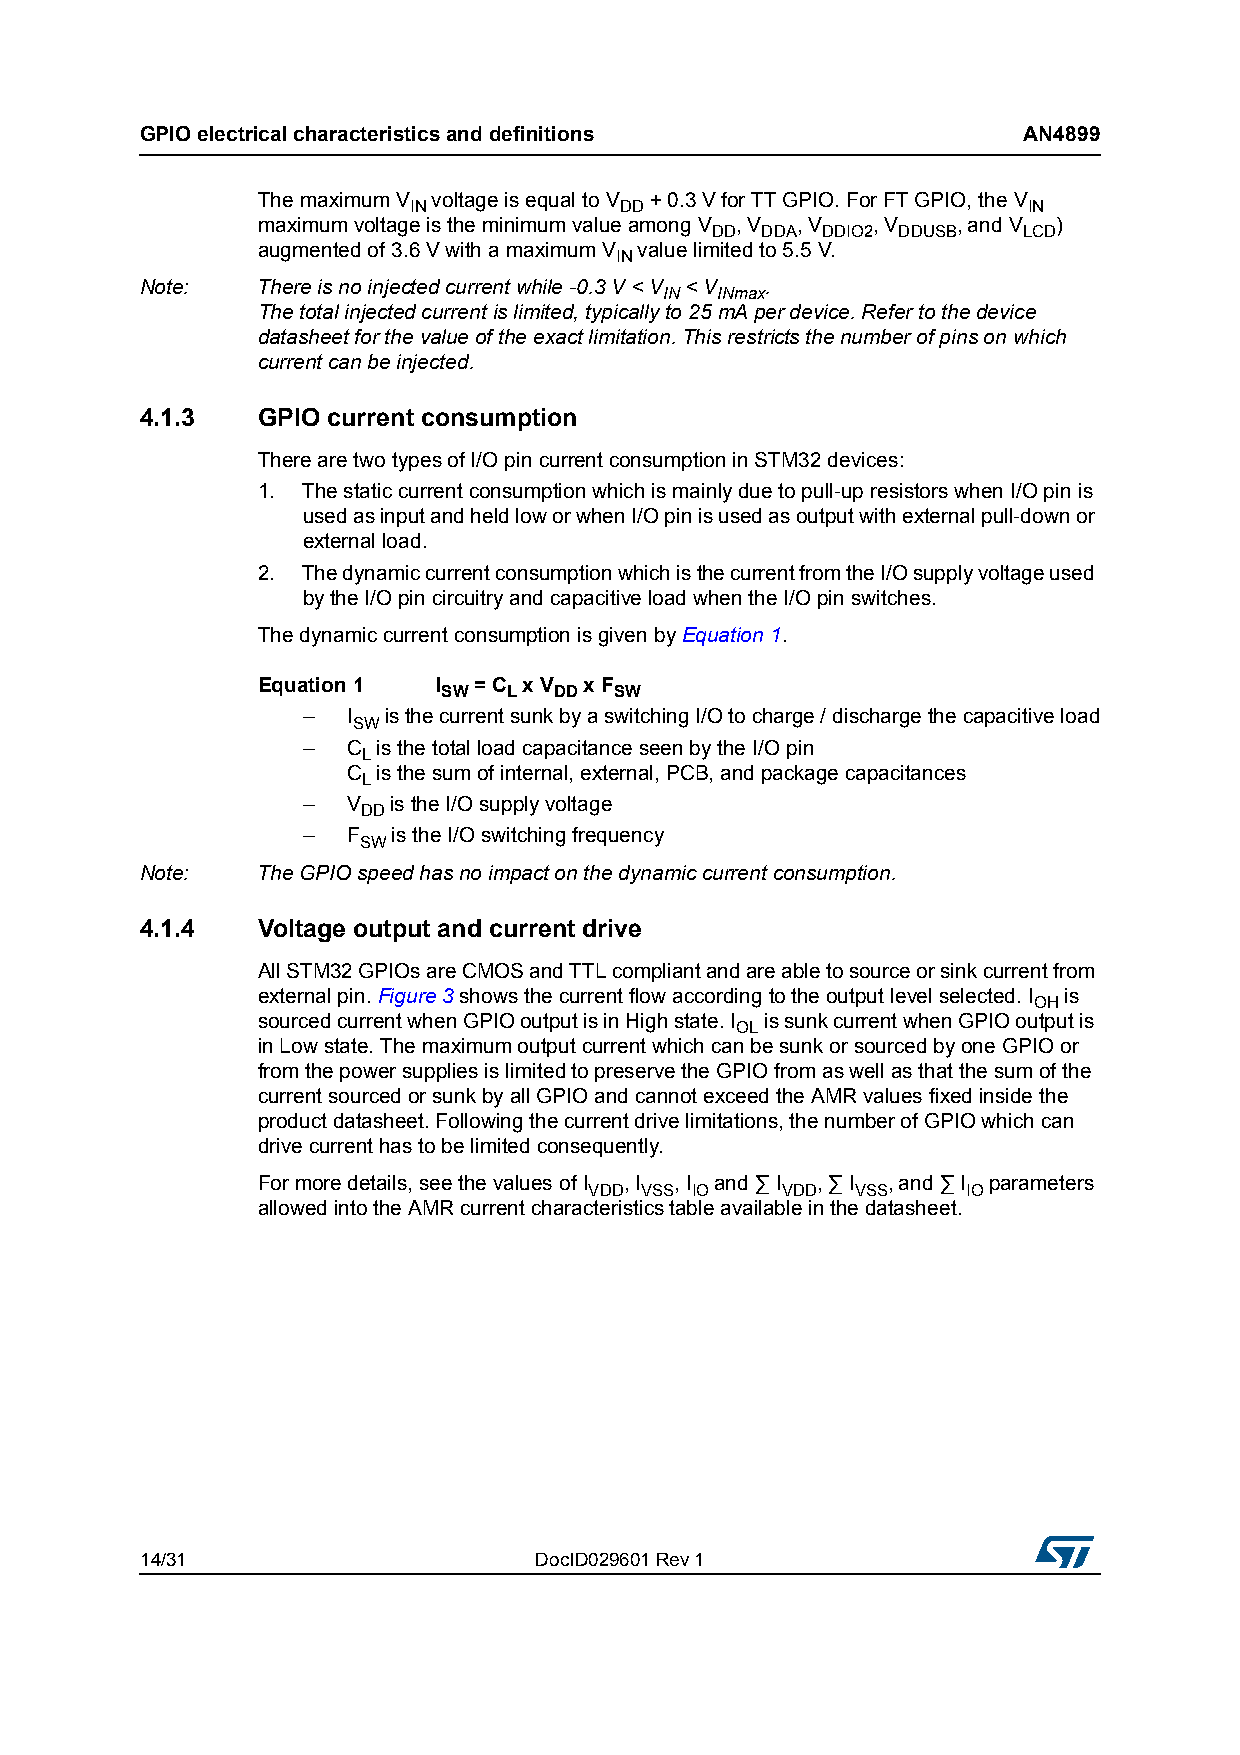
GPIO electrical characteristics and definitions            AN4899
 The maximum V voltage is equal to V + 0.3 V for TT GPIO. For FT GPIO, the V
 IN            DD                         IN
 maximum voltage is the minimum value among V , V , V , V , and V )
 DD DDA DDIO2 DDUSB   LCD
 augmented of 3.6 V with a maximum V value limited to 5.5 V.
 IN
 Note:   There is no injected current while -0.3 V < V < V .
 IN INmax
 The total injected current is limited, typically to 25 mA per device. Refer to the device
 datasheet for the value of the exact limitation. This restricts the number of pins on which
 current can be injected.
 4.1.3   GPIO current consumption
 There are two types of I/O pin current consumption in STM32 devices:
 1. The static current consumption which is mainly due to pull-up resistors when I/O pin is
 used as input and held low or when I/O pin is used as output with external pull-down or
 external load.
 2. The dynamic current consumption which is the current from the I/O supply voltage used
 by the I/O pin circuitry and capacitive load when the I/O pin switches.
 The dynamic current consumption is given by Equation 1.
 Equation 1  I = C x V x F
 SW   L  DD  SW
 –  I is the current sunk by a switching I/O to charge / discharge the capacitive load
 SW
 –  C is the total load capacitance seen by the I/O pin
 L
 C is the sum of internal, external, PCB, and package capacitances
 L
 –  V  is the I/O supply voltage
 DD
 –  F  is the I/O switching frequency
 SW
 Note:   The GPIO speed has no impact on the dynamic current consumption.
 4.1.4   Voltage output and current drive
 All STM32 GPIOs are CMOS and TTL compliant and are able to source or sink current from
 external pin. Figure 3 shows the current flow according to the output level selected. I is
 OH
 sourced current when GPIO output is in High state. I is sunk current when GPIO output is
 OL
 in Low state. The maximum output current which can be sunk or sourced by one GPIO or
 from the power supplies is limited to preserve the GPIO from as well as that the sum of the
 current sourced or sunk by all GPIO and cannot exceed the AMR values fixed inside the
 product datasheet. Following the current drive limitations, the number of GPIO which can
 drive current has to be limited consequently.
 For more details, see the values of I , I , I and ∑ I , ∑ I , and ∑ I parameters
 VDD VSS IO   VDD  VSS    IO
 allowed into the AMR current characteristics table available in the datasheet.
 14/31                     DocID029601 Rev 1